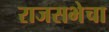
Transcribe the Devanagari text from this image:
राजसभेचा